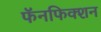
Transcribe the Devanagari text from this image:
फॅनफिक्शन